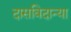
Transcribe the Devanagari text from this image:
दासविदान्या